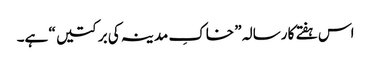
اس ہفتے کا رسالہ ” خاکِ مدینہ کی برکتیں “ ہے۔